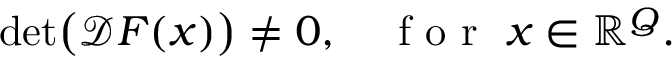
\begin{array} { r } { \operatorname* { d e t } \bigl ( \mathcal { D } \boldsymbol { F } ( \boldsymbol { x } ) \bigr ) \neq 0 , \quad \mathrm { ~ f ~ o ~ r ~ } \ \boldsymbol { x } \in \mathbb { R } ^ { Q } . } \end{array}